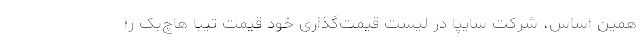
همین اساس، شرکت سایپا در لیست قیمت‌گذاری خود قیمت تیبا هاچ‌بک را